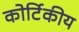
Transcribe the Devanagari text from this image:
कोर्टिकीय